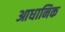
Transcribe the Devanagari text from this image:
आधानिक